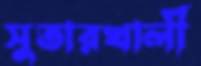
সুতারখালী